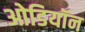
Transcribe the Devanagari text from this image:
ओडियॉन